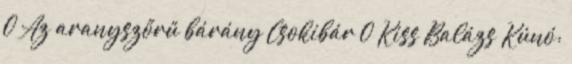
0 Az aranyszőrű bárány Csokibár 0 Kiss Balázs Kúnó: